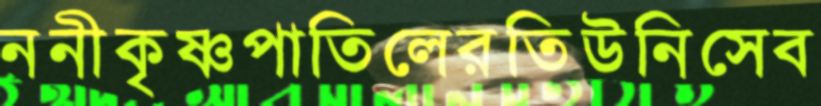
ননীকৃষ্ণপাতিলেরতিউনিসেব